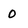
Character: 0